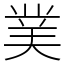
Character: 菐